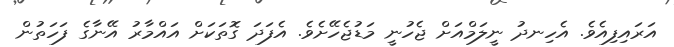
އަރައިފިއެވެ. އެހިނދު ނީލަމްއަށް ޖެހުނީ މަޑުޖެހޭށެވެ. އެފަދަ ގޮތަކަށް އައްމާރު އޭނާގެ ފަހަތުން